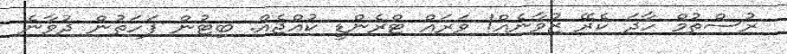
ރުސްތުމް ހާދަ ކެރޭ ޒުވާނެއް! ވަރައް ޓްރެންޑީ ކުއްޖެއް. ބިޓުން ފަހަތުން ދުވާނެ